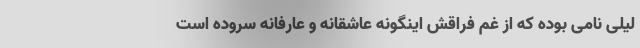
لیلی نامی بوده که از غم فراقش اینگونه عاشقانه و عارفانه سروده است